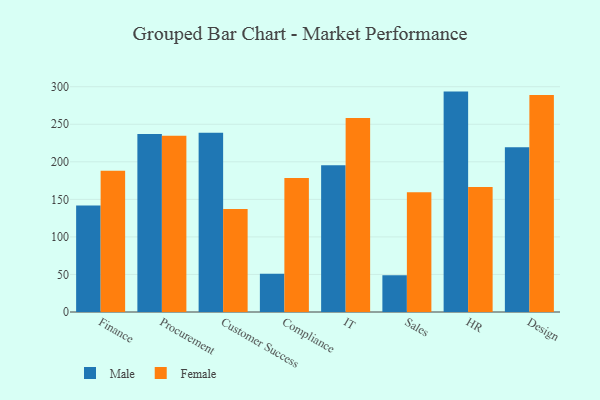
{"axis": {"x": "Department", "y": "Latency (ms)"}, "legend": ["Female", "Male"], "data": [{"x": "Finance", "y": 141.7, "type": "Male"}, {"x": "Finance", "y": 188.0, "type": "Female"}, {"x": "Procurement", "y": 237.2, "type": "Male"}, {"x": "Procurement", "y": 234.8, "type": "Female"}, {"x": "Customer Success", "y": 238.6, "type": "Male"}, {"x": "Customer Success", "y": 137.2, "type": "Female"}, {"x": "Compliance", "y": 51.1, "type": "Male"}, {"x": "Compliance", "y": 178.6, "type": "Female"}, {"x": "IT", "y": 195.3, "type": "Male"}, {"x": "IT", "y": 258.3, "type": "Female"}, {"x": "Sales", "y": 49.0, "type": "Male"}, {"x": "Sales", "y": 159.4, "type": "Female"}, {"x": "HR", "y": 293.5, "type": "Male"}, {"x": "HR", "y": 166.5, "type": "Female"}, {"x": "Design", "y": 219.3, "type": "Male"}, {"x": "Design", "y": 288.9, "type": "Female"}]}